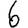
Digit: 6